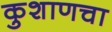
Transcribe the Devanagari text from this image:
कुशाणचा